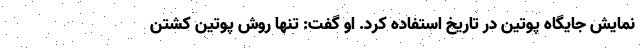
نمایش جایگاه پوتین در تاریخ استفاده کرد. او گفت: تنها روش پوتین کشتن